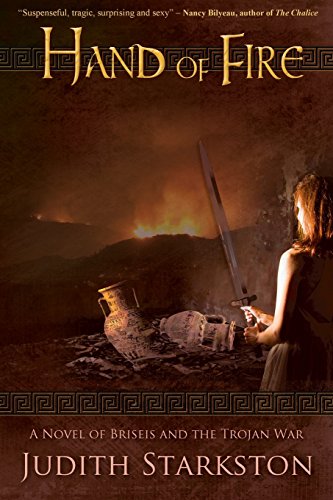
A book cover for Hand of Fire; Judith Starkston; Romance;